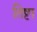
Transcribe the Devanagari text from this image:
तिष्टा